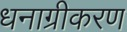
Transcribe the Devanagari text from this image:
धनाग्रीकरण